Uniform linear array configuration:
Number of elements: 24
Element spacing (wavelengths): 0.5
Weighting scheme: hamming
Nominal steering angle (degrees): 15
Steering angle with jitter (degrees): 15.868
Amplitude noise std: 0.05
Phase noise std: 0.05

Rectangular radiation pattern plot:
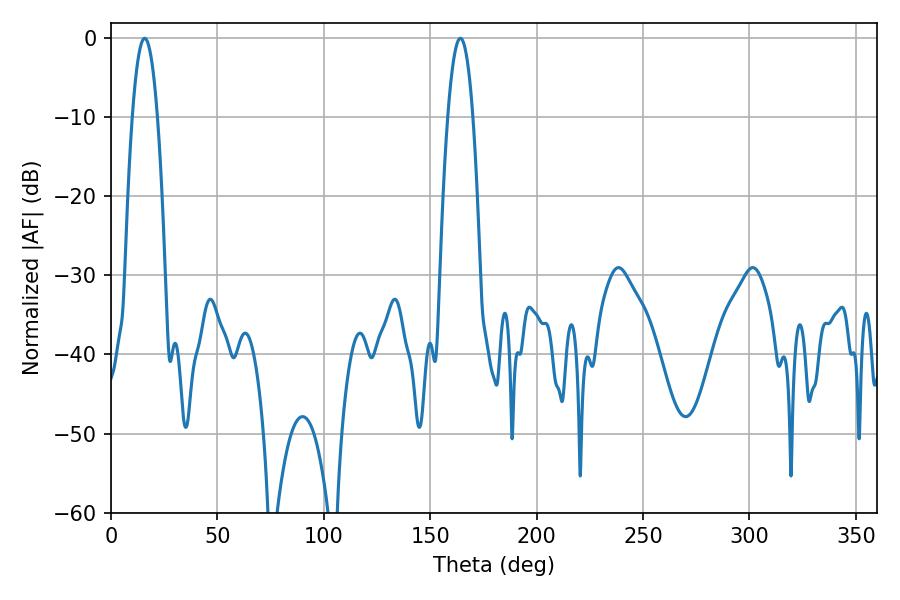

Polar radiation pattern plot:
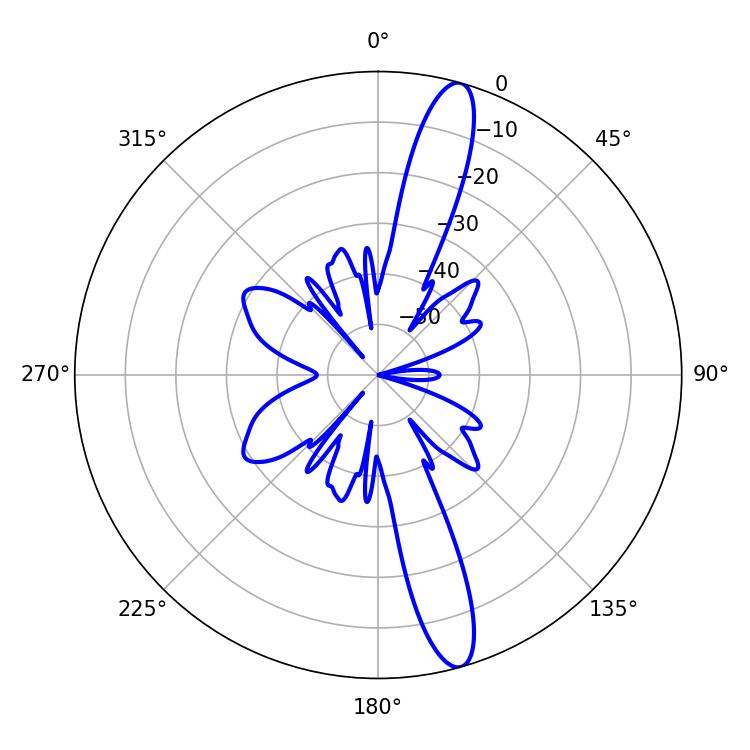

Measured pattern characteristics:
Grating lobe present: FALSE
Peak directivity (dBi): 14.79
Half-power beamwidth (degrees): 6.48
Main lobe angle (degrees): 15.84